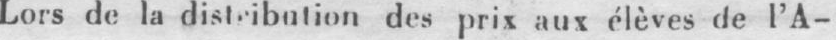
Lors de la distribution des prix aux élèves de l’A-